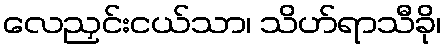
လေညှင်းငယ်သာ၊ သိဟ်ရာသီခို၊